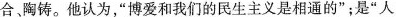
合、陶铸。他认为，“博爱和我们的民生主义是相通的”；是”人